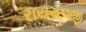
રાયસળજી